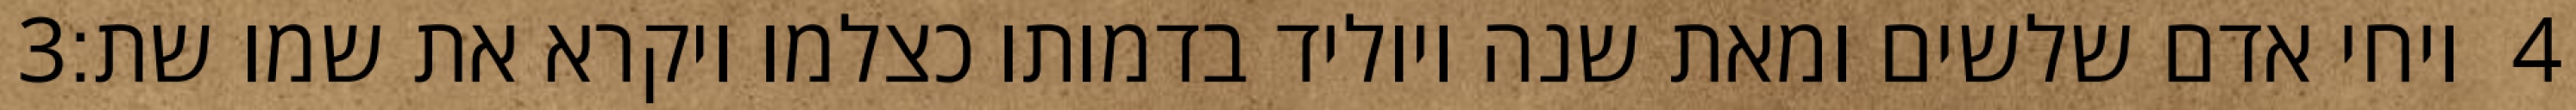
‎3‏ ויחי אדם שלשים ומאת שנה ויוליד בדמותו כצלמו ויקרא את שמו שת׃ ‎4‏